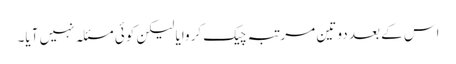
اس کے بعد دو تین مرتبہ چیک کروایا لیکن کوئی مسئلہ نہیں آیا۔